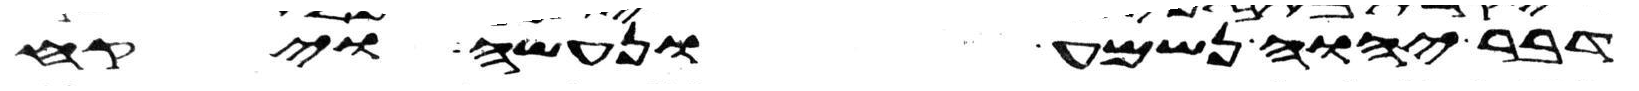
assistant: דבר יהוה נשמע ונעשה ויקח